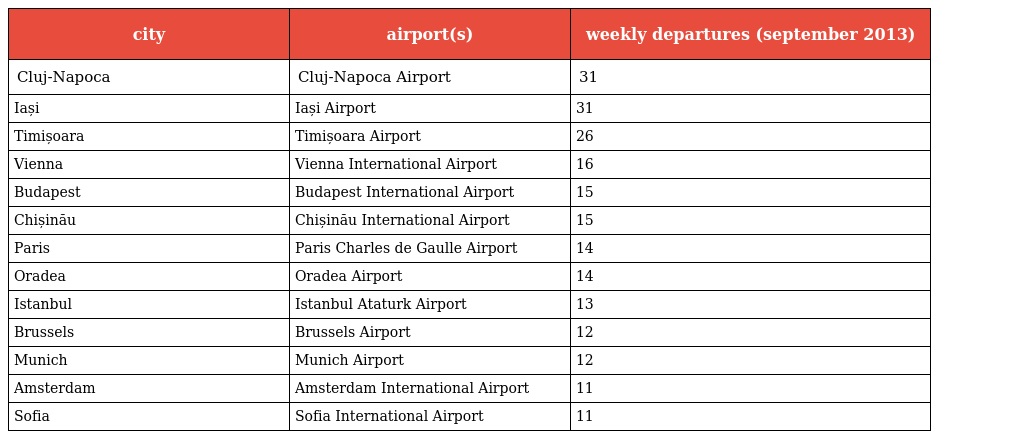
| city | airport(s) | weekly departures (september 2013) |
 | --- | --- | --- |
 | Cluj-Napoca | Cluj-Napoca Airport | 31 |
 | Iași | Iași Airport | 31 |
 | Timișoara | Timișoara Airport | 26 |
 | Vienna | Vienna International Airport | 16 |
 | Budapest | Budapest International Airport | 15 |
 | Chișinău | Chișinău International Airport | 15 |
 | Paris | Paris Charles de Gaulle Airport | 14 |
 | Oradea | Oradea Airport | 14 |
 | Istanbul | Istanbul Ataturk Airport | 13 |
 | Brussels | Brussels Airport | 12 |
 | Munich | Munich Airport | 12 |
 | Amsterdam | Amsterdam International Airport | 11 |
 | Sofia | Sofia International Airport | 11 |